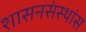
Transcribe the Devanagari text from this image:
शासनसंस्थांस